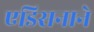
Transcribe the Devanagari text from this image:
एडिसनाने